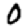
Digit: 0